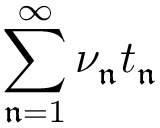
\sum _ { \mathfrak { n } = 1 } ^ { \infty } \nu _ { \mathfrak { n } } t _ { \mathfrak { n } }